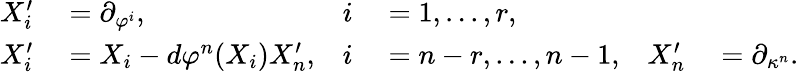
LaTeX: \begin{array}{rlrlrl}{X_{i}^{\prime}}&{{}=\partial_{\varphi^{i}},}&{i}&{{}=1,...,r,}\\ {X_{i}^{\prime}}&{{}=X_{i}-d\varphi^{n}(X_{i})X_{n}^{\prime},}&{i}&{{}=n-r,...,n-1,}&{X_{n}^{\prime}}&{{}=\partial_{\kappa^{n}}.}\end{array}